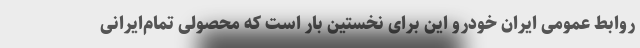
روابط عمومی ایران خودرو این برای نخستین بار است که محصولی تمام‌ایرانی